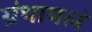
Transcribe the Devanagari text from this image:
ग्रंथायलं